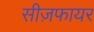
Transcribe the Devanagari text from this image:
सीज़फायर